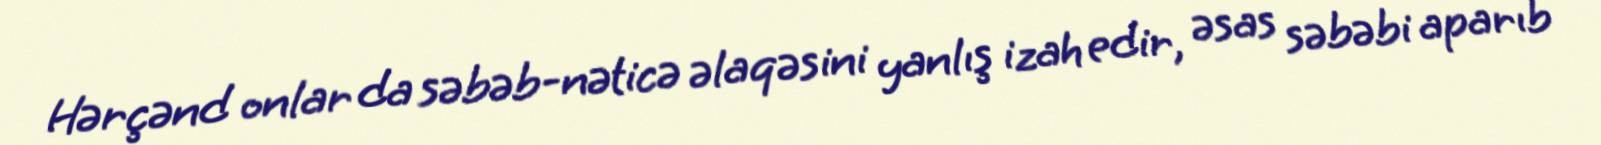
Hərçənd onlar da səbəb-nəticə əlaqəsini yanlış izah edir, əsas səbəbi aparıb